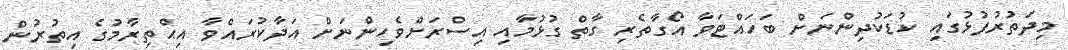
މިދަތުރުފުޅުގައި ކުޑަކުދިންނަށް ބަހައްޓަވާ އޯގާތެރި ގާތް ގުޅުމާއި އިސްރަށްވެހިންނަށް އަދާކުރައްވާ އިޙްތިރާމުގެ އިތުރުން